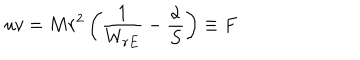
LaTeX: u v = M r ^ { 2 } \left( \frac { 1 } { W _ { r E } } - \frac { \alpha } { S } \right) \equiv F